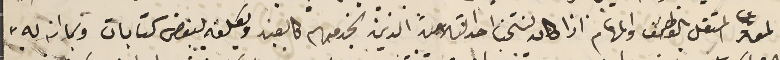
المعتر المستقل بالوظائف والمهام اذا كان لنتخب احد التلاميذ الذين نخدمهم كالعين ونكلفه ببعض كتابات وبما انه له"